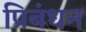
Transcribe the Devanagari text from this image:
प्रिबंधन